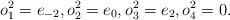
LaTeX: \begin{gather*} o_1^2 = e_{-2}, o_2^2 = e_0, o_3^2 = e_2,o_4^2 = 0.\end{gather*}